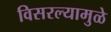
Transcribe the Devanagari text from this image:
विसरल्यामुळे